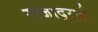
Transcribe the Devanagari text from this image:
राजादुराई